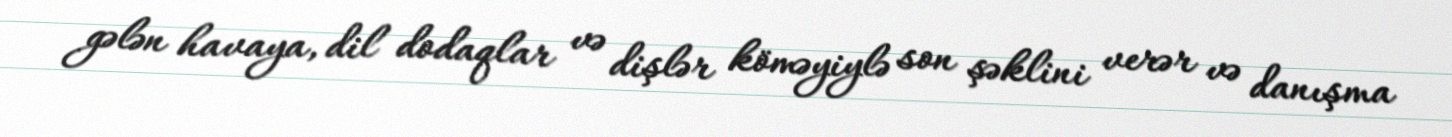
gələn havaya, dil dodaqlar və dişlər köməyiylə son şəklini verər və danışma